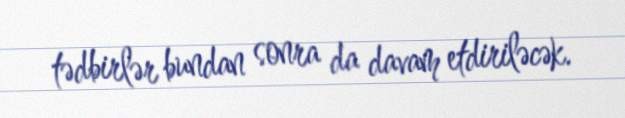
tədbirlər bundan sonra da davam etdiriləcək.